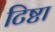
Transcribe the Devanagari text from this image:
टिष्टा